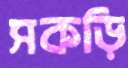
সকড়ি